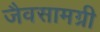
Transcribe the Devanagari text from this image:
जैवसामग्री